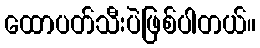
ထောပတ်သီးပဲဖြစ်ပါတယ်။